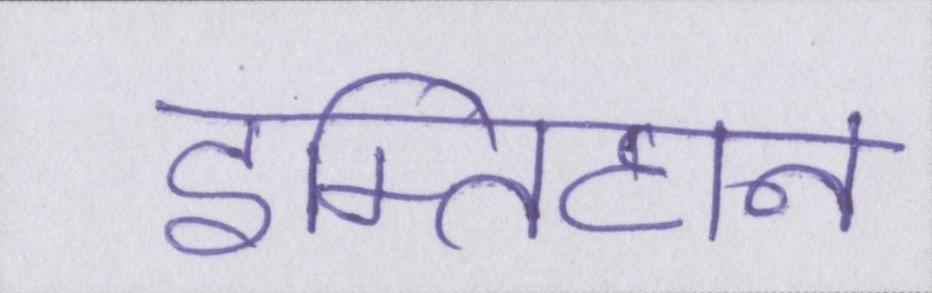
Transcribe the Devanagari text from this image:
इम्तिहान